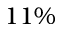
1 1 \%